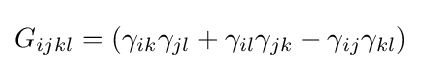
G_{ijkl}=(\gamma _{ik}\gamma _{jl}+\gamma _{il}\gamma _{jk}-\gamma _{ij}\gamma _{kl})